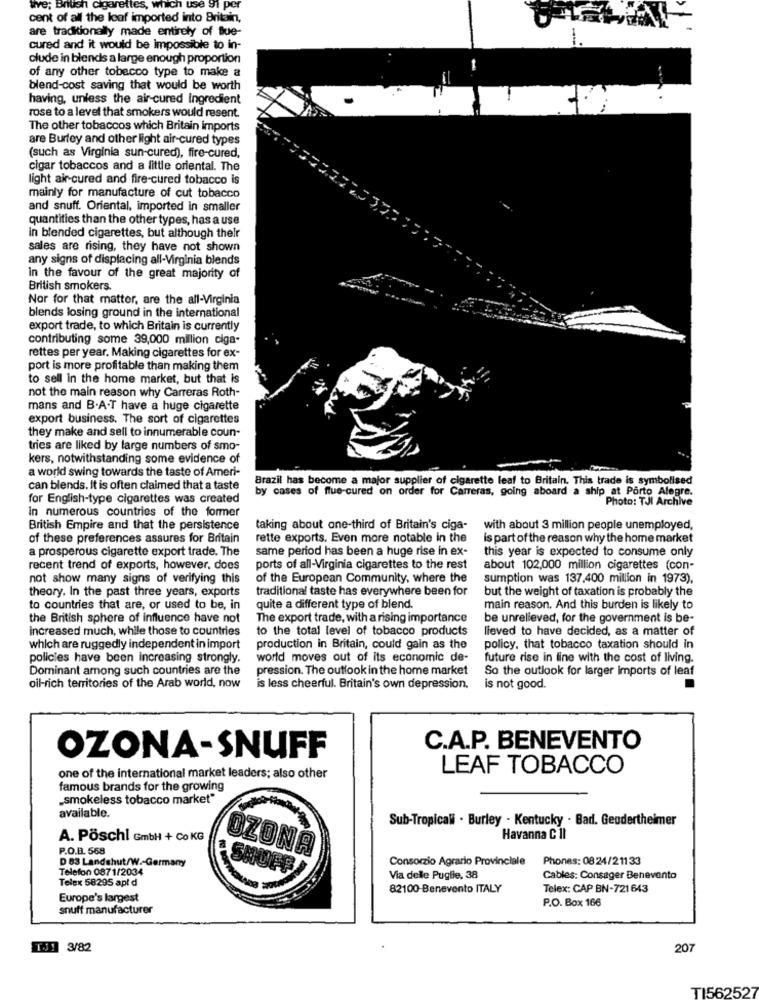
we; British cigarettes, which use 91 per
cent of all the loaf imported into Britain,
are traditionally made entirely of Blue-
-
cured and it would be impossible to in-
clude in blends a large enough proportion
of any other tobacco type to make a
blend-cost saving that would be worth
having, unless the air-cured Ingredient
rose to a level that smokers would resent.
The other tobaccos which Britain imports
are Burley and other light air-cured types
(such as Virginia sun-cured), fire-cured,
cigar tobaccos and a little oriental. The
light air-cured and fire-cured tobacco is
mainly for manufacture of cut tobacco
and snuff. Oriental, imported in smaller
quantities than the other types, has a use
in blended cigarettes, but although thelr
sales are rising, they have not shown
any signs of displacing all-Virginia blends
in the favour of the great majority of
British smokers.
Nor for that matter, are the all-Virginia
blends losing ground in the international
export trade, to which Britain is currently
contributing some 39,000 million ciga-
rettes per year. Making cigarettes for ex-
port is more profitable than making them
to sell in the home market, but that is
not the main reason why Carreras Roth-
mans and B.A.T have a huge cigarette
export business. The sort of cigarettes
they make and sell to innumerable coun-
tries are liked by large numbers of smo-
kers, notwithstanding some evidence of
a world swing towards the taste of Ameri-
Brazil has become a major supplier of cigarette leaf to Britain. This trade is symbolised
can blends. It is often claimed that a taste
by cases of flue-cured on order for Carreras, going aboard a ship_at Porto Alegre.
for English-type cigarettes was created
Photo: TJI Archive
In numerous countries of the former
British Empire and that the persistence
taking about one-third of Britain's ciga- with about 3 million people unemployed,
of these preferences assures for Britain
rette exports. Even more notable in the
is part of the reason why the home market
a prosperous cigarette export trade. The
same period has been a huge rise in ex-
this year is expected to consume only
recent trend of exports, however, does
ports of all-Virginia cigarettes to the rest
about 102,000 million cigarettes (con-
not show many signs of verifying this
of the European Community, where the
sumption was 137,400 million in 1973),
theory. In the past three years, exports
traditional taste has everywhere been for
but the weight of taxation is probably the
to countries that are, or used to be, in
quite a different type of blend.
main reason. And this burden is likely to
the British sphere of influence have not
The export trade, with a rising importance
be unrelieved, for the government is be-
increased much, while those to countries
to the total level of tobacco products
lieved to have decided, as a matter of
which are ruggedly independent in import
production in Britain, could gain as the
policy, that tobacco taxation should in
policies have been increasing strongly.
world moves out of its economic de-
future rise in line with the cost of living.
Dominant among such countries are the
pression. The outlook in the home market
So the outlook for larger imports of leaf
oil-rich territories of the Arab world, now
is less cheerful. Britain's own depression.
is not good.
C.A.P. BENEVENTO
OZONA-SNUFF
LEAF TOBACCO
one of the international market leaders; also other
famous brands for the growing
„smokeless tobacco market"
available.
Sub-Tropicali . Burley - Kentucky . Bad. Geudertheimer
A. Pöschl GmbH + Co KG
Havanna C 11
P.O.B. 568
OZONA
D 83 Landshut/W .- Germany
Consorzio Agrario Provinciale
Phones: 08 24/21133
Telefon 0871/2034
Telex 58295 apt d
Via delle Puglie, 38
Cables: Consager Benevento
82100-Benevento ITALY
Telex: CAP BN-721643
Europe's largest
P.O. Box 166
snuff manufacturer
EJ! 3/82
207
TI562527